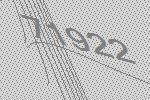
71922